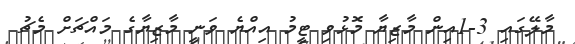
މާލޭގައި 3-1އިން މާޒިޔާ މޮޅުވި ޓީމު އިއްޔެ ވަނީ މާޒިޔާގެ މައްޗަށް މެޗު